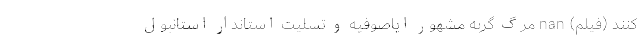
کنند (فیلم) nan مرگ گربه مشهور ایاصوفیه و تسلیت استاندار استانبول